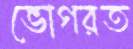
ভোগরত